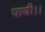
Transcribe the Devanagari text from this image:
पायी।।